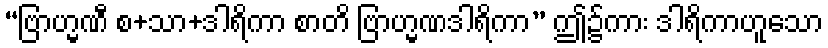
“ဗြာဟ္မဏီ စ+သာ+ဒါရိကာ စာတိ ဗြာဟ္မဏဒါရိကာ” ဤ၌ကား ဒါရိကာဟူသော